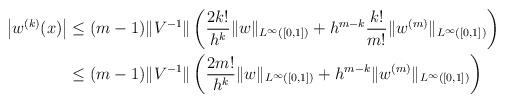
LaTeX: \begin{align*}\left| w^{(k)}(x) \right| &\leq (m-1) \|V^{-1}\| \left(\frac{2 k!}{h^k} \|w\|_{L^{\infty}([0,1])} + h^{m-k} \frac{k!}{m!} \|w^{(m)}\|_{L^{\infty}([0,1])}\right) \\&\leq (m-1) \|V^{-1}\| \left(\frac{2 m!}{h^k} \|w\|_{L^{\infty}([0,1])} + h^{m-k} \|w^{(m)}\|_{L^{\infty}([0,1])}\right)\end{align*}